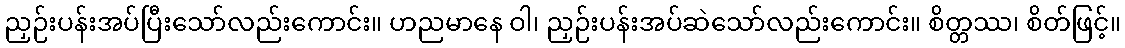
ညှဉ်းပန်းအပ်ပြီးသော်လည်းကောင်း။ ဟညမာနေ ဝါ၊ ညှဉ်းပန်းအပ်ဆဲသော်လည်းကောင်း။ စိတ္တဿ၊ စိတ်ဖြင့်။